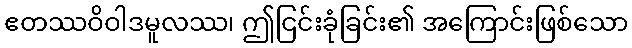
ဧတဿဝိဝါဒမူလဿ၊ ဤငြင်းခုံခြင်း၏ အကြောင်းဖြစ်သော